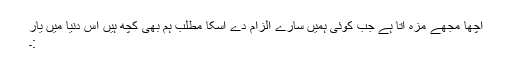
اچھا مجھے مزہ اتا ہے جب کوئی ہمیں سارے الزام دے اسکا مطلب ہم بھی کچھ ہیں اس دنیا میں یار
:۔